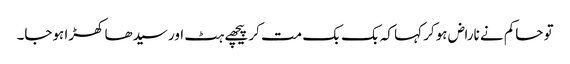
تو حاکم نے ناراض ہوکر کہا کہ بک بک مت کر پیچھے ہٹ اور سیدھا کھڑا ہوجا۔